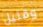
وقليل